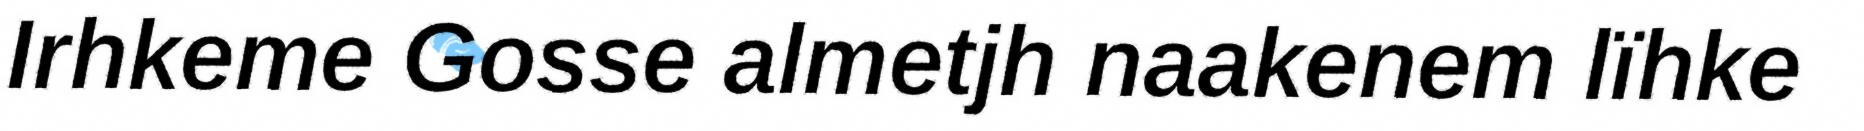
Irhkeme Gosse almetjh naakenem lïhke